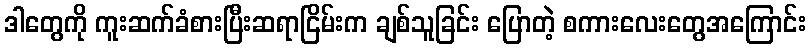
ဒါတွေကို ကူးဆက်ခံစားပြီးဆရာငြိမ်းက ချစ်သူခြင်း ပြောတဲ့ စကားလေးတွေအကြောင်း